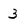
Character: 3